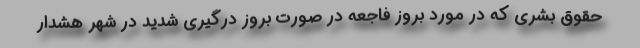
حقوق بشری که در مورد بروز فاجعه در صورت بروز درگیری شدید در شهر هشدار